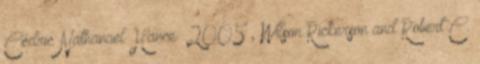
Cédric Nathanaël Hance 2005 , Wilson Rickerson and Robert C.